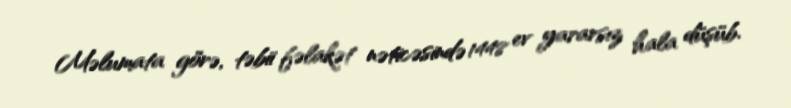
Məlumata görə, təbii fəlakət nəticəsində 1448 ev yararsız hala düşüb.